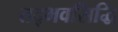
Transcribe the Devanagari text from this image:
तद्भवसिद्धि